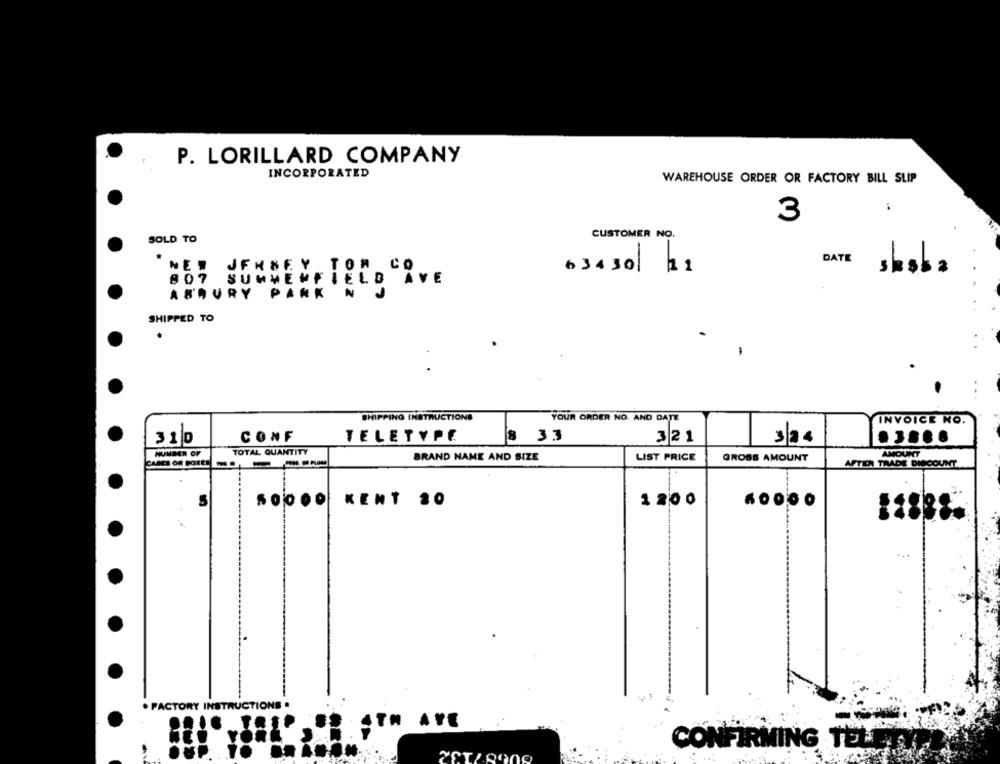
P. LORILLARD COMPANY
INCORPORATED
WAREHOUSE ORDER OR FACTORY BILL SLIP
3
CUSTOMER NO.
SOLD TO
DATE
63430 11
NEW JERSEY
807 SUMMERFIELD
ASBURY PARK
SHIPPED TO
.
SHIPPING INSTRUCTIONS
YOUR ORDER NO. AND DATE
INVOICE NO.
310
CONF
TELETYPE
8 33
3/21
s/a
.....
TOTAL QUANTITY
NUMBER OF
BRAND NAME AND SIZE
LIST PRICE
GROSS AMOUNT
AMOUNT
AFTIN TRADE DISCOUNT
SOOOO KENT 20
1 20 0
. FACTORY INSTRUCTIONS .
CONFIRMING TELETTE